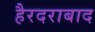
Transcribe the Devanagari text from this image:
हैरदराबाद